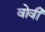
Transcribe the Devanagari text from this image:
वोवी